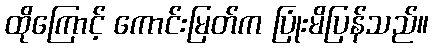
ထိုကြောင့် ကောင်းမြတ်က ပြုံးမိပြန်သည်။